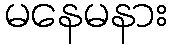
မနေမနား